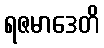
ရဇမာဒေတိ